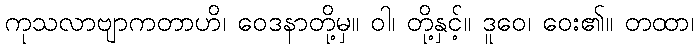
ကုသလာဗျာကတာဟိ၊ ဝေဒနာတို့မှ။ ဝါ၊ တို့နှင့်။ ဒူဝေ၊ ဝေး၏။ တထာ၊